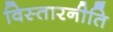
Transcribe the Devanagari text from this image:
विस्तारनीति